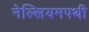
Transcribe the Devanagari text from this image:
नेल्लियमपथी